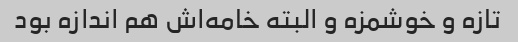
تازه و خوشمزه و البته خامه‌اش هم اندازه بود